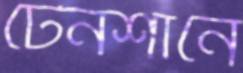
টেনশানে